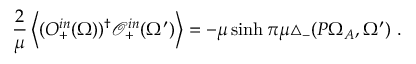
\frac { 2 } { \mu } \left< ( O _ { + } ^ { i n } ( \Omega ) ) ^ { \dag } \mathcal { O } _ { + } ^ { i n } ( \Omega ^ { \prime } ) \right> = - \mu \sinh \pi \mu \triangle _ { - } ( P \Omega _ { A } , \Omega ^ { \prime } ) \ .